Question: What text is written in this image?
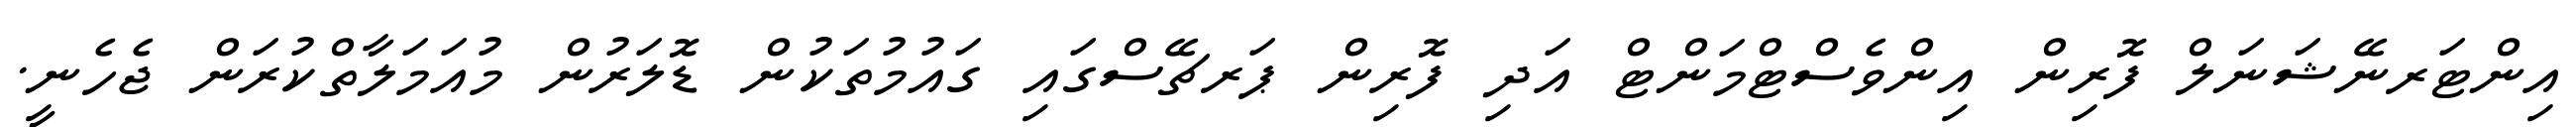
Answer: އިންޓަރނޭޝަނަލް ފޮރިން އިންވެސްޓްމަންޓް އަދި ފޮރިން ޕަރޗޭސްގައި ގައުމުތަކުން ޑޮލަރުން މުއަމަލާތްކުރަން ޖެހެނީ.